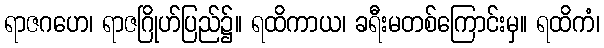
ရာဇဂဟေ၊ ရာဇဂြိုဟ်ပြည်၌။ ရထိကာယ၊ ခရီးမတစ်ကြောင်းမှ။ ရထိကံ၊